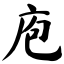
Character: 庖